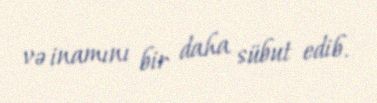
və inamını bir daha sübut edib.